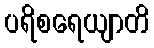
ပရိစရေယျာတိ